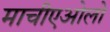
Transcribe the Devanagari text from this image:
माचीएओलो